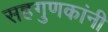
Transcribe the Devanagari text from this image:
सहगुणकांनी